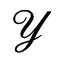
\mathcal { Y }